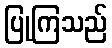
ပြုကြသည်